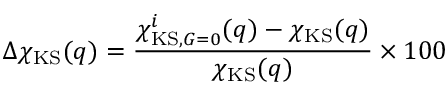
\Delta \chi _ { \mathrm { K S } } ( q ) = \frac { \chi _ { \mathrm { K S } , G = 0 } ^ { i } ( q ) - \chi _ { \mathrm { K S } } ( q ) } { \chi _ { \mathrm { K S } } ( q ) } \times 1 0 0 \